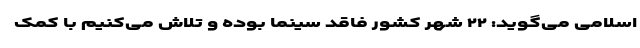
اسلامی می‌گوید: ۲۲ شهر کشور فاقد سینما بوده و تلاش می‌کنیم با کمک